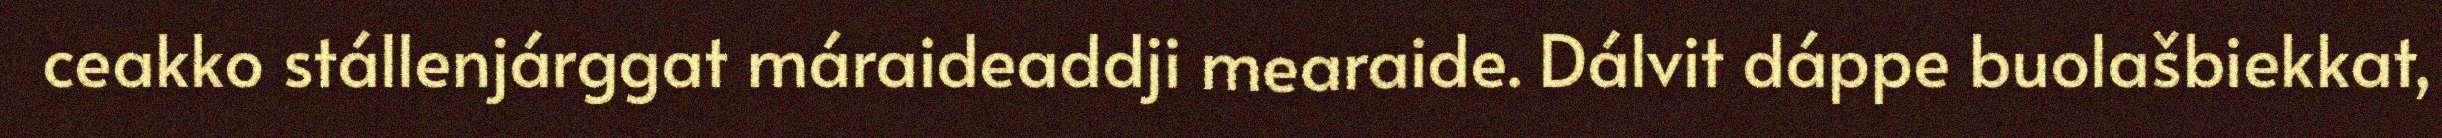
ceakko stállenjárggat máraideaddji mearaide. Dálvit dáppe buolašbiekkat,